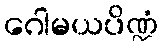
ဂေါမယပိဏ္ဍံ